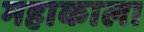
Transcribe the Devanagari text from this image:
महाकाला